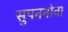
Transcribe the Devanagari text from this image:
सुपननोवा